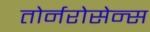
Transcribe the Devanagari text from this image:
तोर्नरोसेन्स